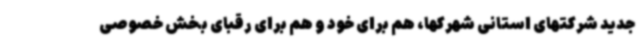
جدید شرکتهای استانی شهرکها، هم برای خود و هم برای رقبای بخش خصوصی